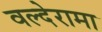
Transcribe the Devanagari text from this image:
वल्देरामा